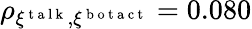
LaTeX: \rho_{\xi^{\mathrm{~t~a~l~k~}},\xi^{\mathrm{~b~o~t~a~c~t~}}}=0.080